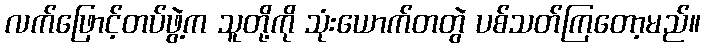
လက်ဖြောင့်တပ်ဖွဲ့က သူတို့ကို သုံးယောက်တတွဲ ပစ်သတ်ကြတော့မည်။